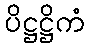
ပိဋ္ဌဋ္ဌိကံ